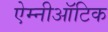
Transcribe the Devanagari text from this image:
ऐम्नीऑटिक